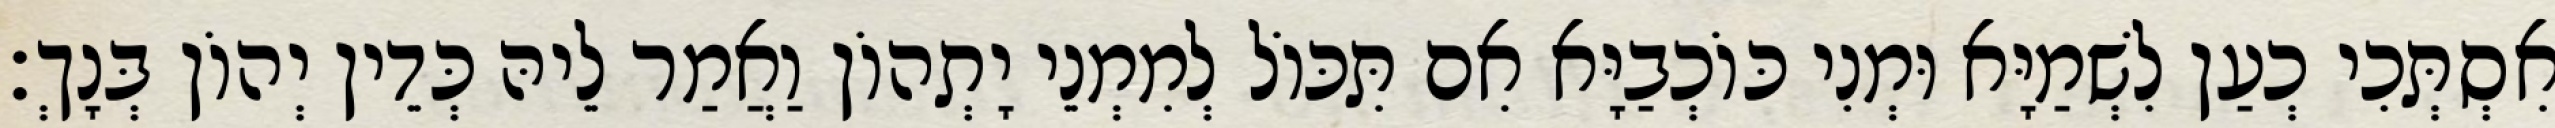
אִסְתְּכִי כְעַן לִשְׁמַיָּא וּמְנִי כּוֹכְבַיָּא אִם תִּכּוֹל לְמִמְנֵי יָתְהוֹן וַאֲמַר לֵיהּ כְּדֵין יְהוֹן בְּנָךְ׃